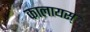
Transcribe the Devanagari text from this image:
कालायस्